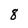
Character: 8